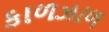
કાળઝાળ